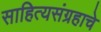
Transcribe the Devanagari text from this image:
साहित्यसंग्रहाचे